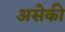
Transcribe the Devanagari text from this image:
असेकी